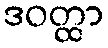
ဒဝတ္ထာ